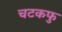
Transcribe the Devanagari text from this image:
चटकफु